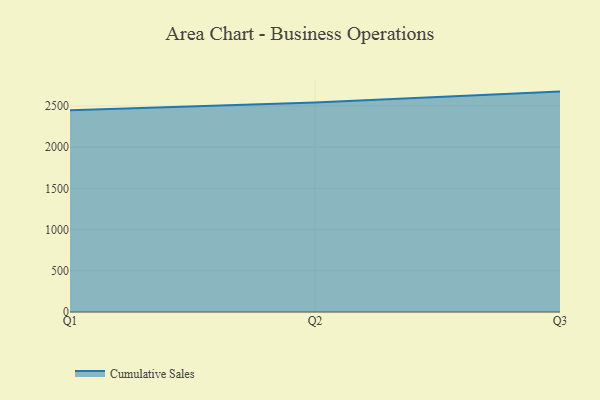
{"axis": {"x": "Quarter", "y": "Bounce Rate (%)"}, "legend": ["Cumulative Sales"], "data": [{"x": "Q1", "y": 2446.6, "type": "Cumulative Sales"}, {"x": "Q2", "y": 2543.1, "type": "Cumulative Sales"}, {"x": "Q3", "y": 2674.4, "type": "Cumulative Sales"}]}